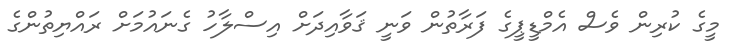
މީގެ ކުރިން ވެސް އެމްޑީޕީގެ ފަރާތުން ވަނީ ޤަވާއިދަށް އިސްލާހު ގެނައުމަށް ރައްޔިތުންގެ